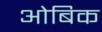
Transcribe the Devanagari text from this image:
ओबिक